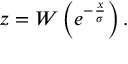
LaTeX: z = W \left( e ^ { - { \frac { x } { \sigma } } } \right) .